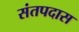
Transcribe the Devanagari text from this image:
संतपदास